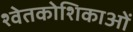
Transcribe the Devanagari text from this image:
श्वेतकोशिकाओं